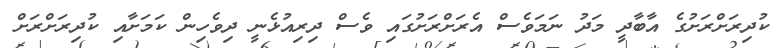
ކުދިރަށްރަށުގެ އާބާދީ މަދު ނަމަވެސް އެރަށްރަށުގައި ވެސް ދިރިއުޅެނީ ދިވެހިން ކަމަށާއި ކުދިރަށްރަށް